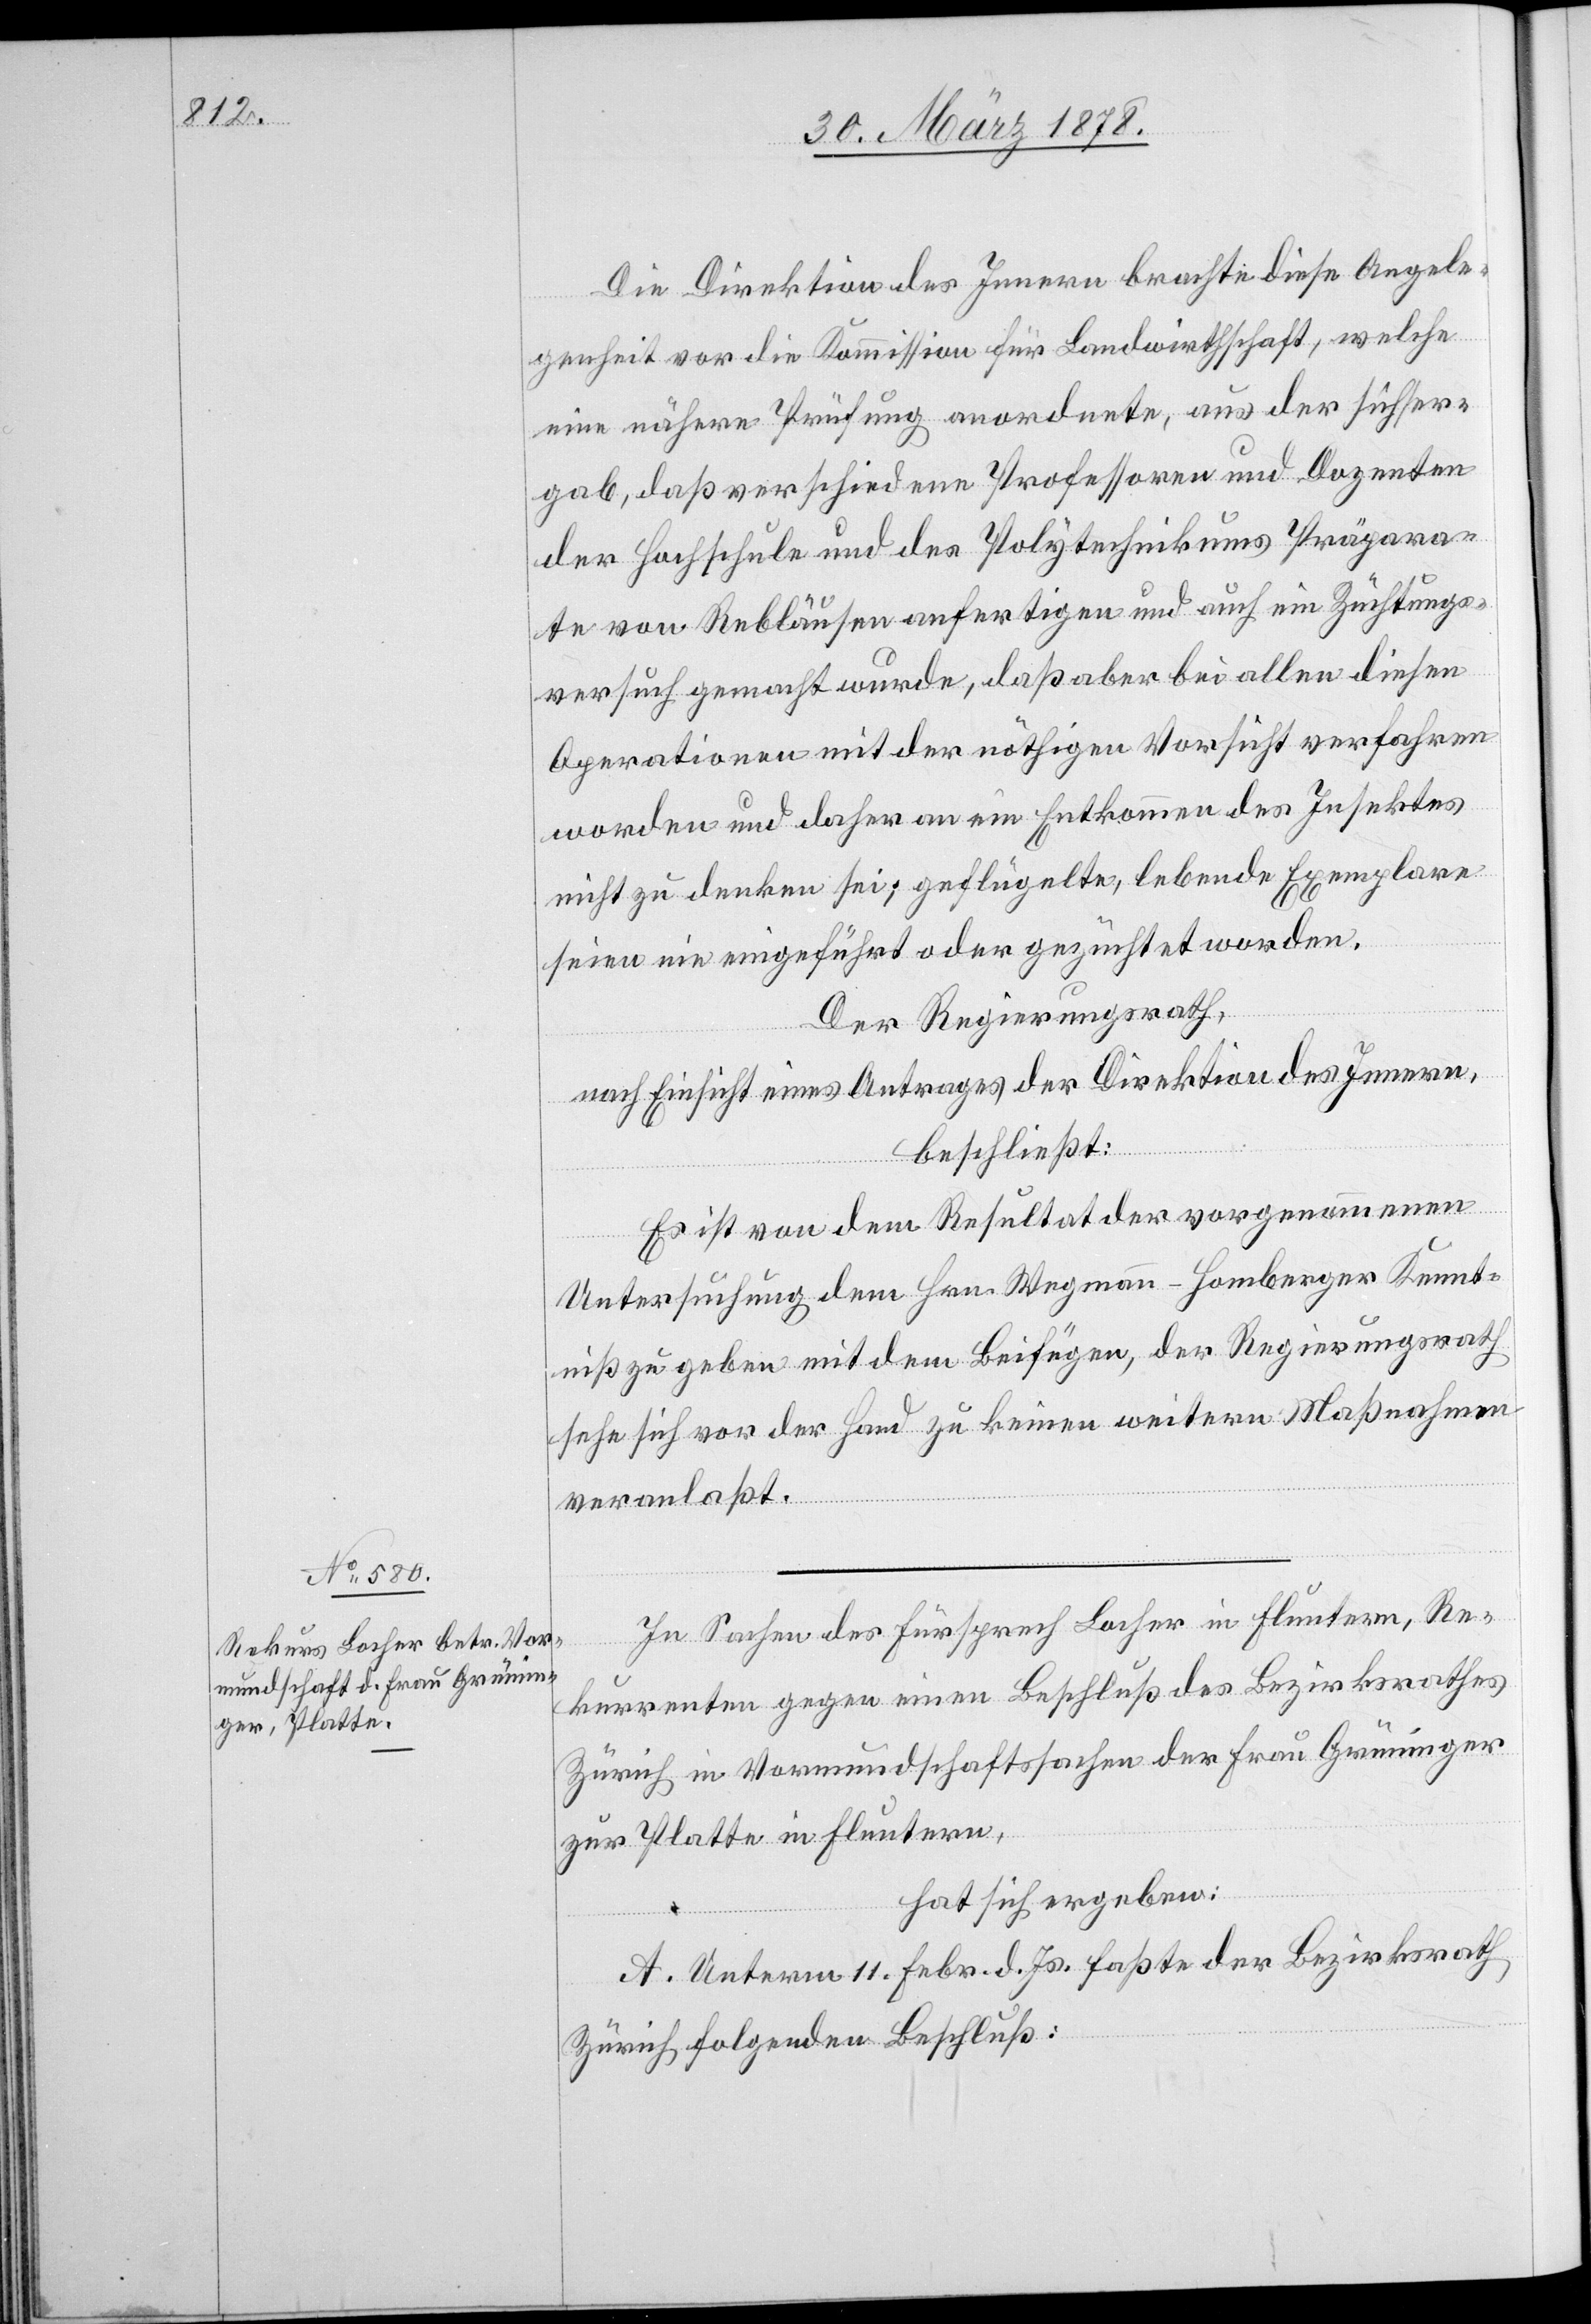
Die Direktion des Innern brachte diese Angele¬
genheit vor die Kommission für Landwirthschaft, welche
eine nähere Prüfung anordnete, aus der sich er¬
gab, daß verschiedene Professoren und Dozenten
der Hochschule und des Polytechnikums Präpara¬
te von Rebläusen anfertigen und auch ein Züchtungs¬
versuch gemacht wurde, daß aber bei allen diesen
Operationen mit der nöthigen Vorsicht verfahren
worden und daher an ein Entkommen des Insektes
nicht zu denken sei; geflügelte, lebende Exemplare
seien nie eingeführt oder gezüchtet worden.
Der Regierungsrath,
nach Einsicht eines Antrages der Direktion des Innern,
beschließt:
Es ist von dem Resultat der vorgenommenen
Untersuchung dem Hrn. Wegmann-Homberger Kennt¬
niß zu geben mit dem Beifügen, der Regierungsrath
sehe sich vor der Hand zu keinen weitern Maßnahmen
veranlaßt.
In Sachen des Fürsprech Locher in Fluntern, Re¬
kurrenten gegen einen Beschluß des Bezirksrathes
Zürich in Vormundschaftssachen der Frau Grüninger
zur Platte in Fluntern,
hat sich ergeben:
A. Unterm 11. Febr. d. Js. fasste der Bezirksrath
Zürich folgenden Beschluß: